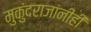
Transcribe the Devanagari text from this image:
मुकुंदराजांनीही